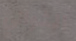
الثواني